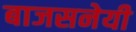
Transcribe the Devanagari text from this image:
बाजसनेयी